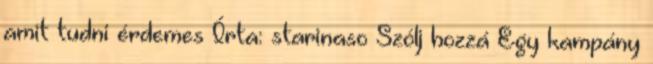
amit tudni érdemes Írta: starinaso Szólj hozzá Egy kampány